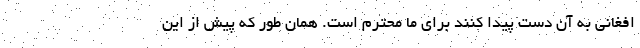
افغانی به آن دست پیدا کنند برای ما محترم است. همان طور که پیش از این